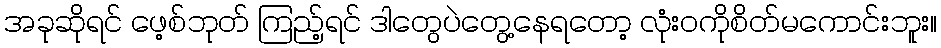
အခုဆိုရင် ဖေ့စ်ဘုတ် ကြည့်ရင် ဒါတွေပဲတွေ့နေရတော့ လုံးဝကိုစိတ်မကောင်းဘူး။